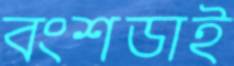
বংশডাই